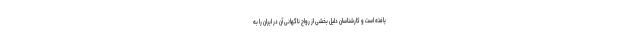
یافته است و کارشناسان دلیل بخشی از رواج ناگهانی آن در ایران را به